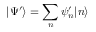
| \Psi ^ { \prime } \rangle = \sum _ { n } \psi _ { n } ^ { \prime } | n \rangle